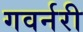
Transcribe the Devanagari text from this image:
गवर्नरी